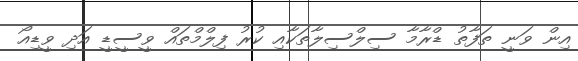
އިން ވަނީ ތަފާތު ޑްރާމާ ސިލްސިލާތަކާއި ކުރު ފިލްމްތައް ވީސީޑީ އަދި ވީޑިއޯ